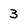
Character: 3